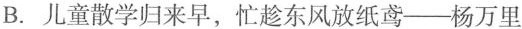
B. 儿童散学归来早，忙趁东风放纸鸢—杨万里